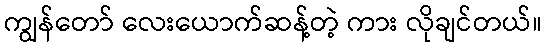
ကျွန်တော် လေးယောက်ဆန့်တဲ့ ကား လိုချင်တယ်။